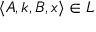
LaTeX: \langle A , k , B , x \rangle \in L